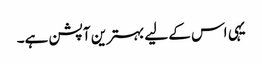
یہی اس کے لیے بہترین آپشن ہے۔